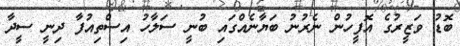
ބޮޑު ވަޒީރުގެ އޮފީހުން ނެރުނު ބަޔާނެއްގައި ބުނީ ސަލާހު އިސްތިއުފާ ދިނީ ސީދާ